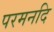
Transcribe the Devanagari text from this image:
परमनदि